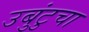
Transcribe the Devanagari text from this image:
उबुंटुचा